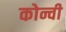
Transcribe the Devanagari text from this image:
कोन्ची